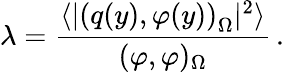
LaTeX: \lambda=\frac{\langle|\left(q(y),\varphi(y)\right)_{\Omega}|^{2}\rangle}{(\varphi,\varphi)_{\Omega}}\, .